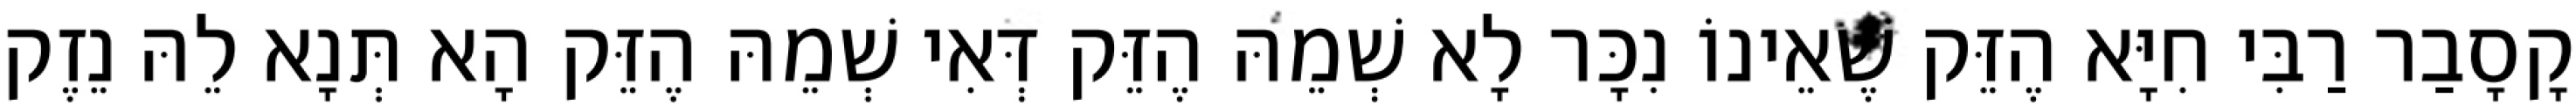
קָסָבַר רַבִּי חִיָּא הֶזֵּק שֶׁאֵינוֹ נִכָּר לָא שְׁמֵהּ הֶזֵּק דְּאִי שְׁמֵהּ הֶזֵּק הָא תְּנָא לֵהּ נֵזֶק